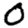
Digit: 0